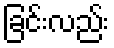
ခြင်းလည်း